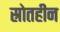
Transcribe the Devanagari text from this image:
स्रोतहीन